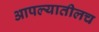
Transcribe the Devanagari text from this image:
आपल्यातीलच